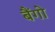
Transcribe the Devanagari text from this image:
बैंगो